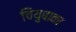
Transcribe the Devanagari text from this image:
चियुबाका